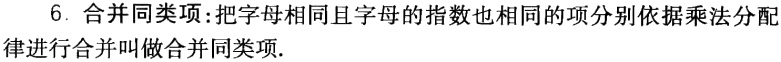
6. 合并同类项:把字母相同且字母的指数也相同的项分别依据乘法分配律进行合并叫做合并同类项.